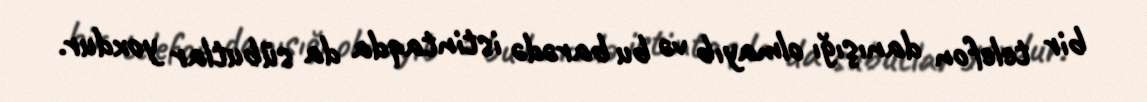
bir telefon danışığı olmayıb və bu barədə istintaqda da sübutlar yoxdur.